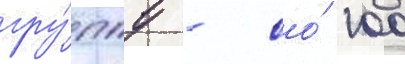
гру́ппу - со́ 100